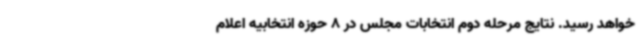
خواهد رسید. نتایج مرحله دوم انتخابات مجلس در 8 حوزه انتخابیه اعلام